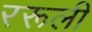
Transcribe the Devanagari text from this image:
ररूली